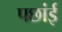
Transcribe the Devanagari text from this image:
पछांई